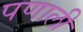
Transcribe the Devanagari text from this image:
पणाली